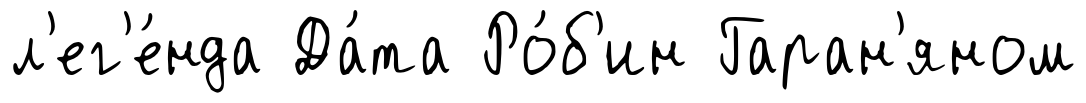
л'ег'е́нда Да́та Ро́б'ин Гаран'яном